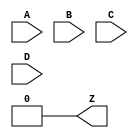
module LUT4 #(
	parameter [15:0] INIT = 0
) (
	input A, B, C, D,
	output Z
);
	// This form of LUT propagates as few x's as possible.
	wire [7:0] s3 = D ?     INIT[15:8] :     INIT[7:0];
	wire [3:0] s2 = C ?       s3[ 7:4] :       s3[3:0];
	wire [1:0] s1 = B ?       s2[ 3:2] :       s2[1:0];
	assign Z =      A ?          s1[1] :         s1[0];
endmodule

module FACADE_FF #(
	parameter GSR = "ENABLED",
	parameter CEMUX = "1",
	parameter CLKMUX = "0",
	parameter LSRMUX = "LSR",
	parameter LSRONMUX = "LSRMUX",
	parameter SRMODE = "LSR_OVER_CE",
	parameter REGSET = "SET",
	parameter REGMODE = "FF"
) (
	input CLK, DI, LSR, CE,
	output reg Q
);

	wire muxce;
	generate
		case (CEMUX)
			"1": assign muxce = 1'b1;
			"0": assign muxce = 1'b0;
			"INV": assign muxce = ~CE;
			default: assign muxce = CE;
		endcase
	endgenerate

	wire muxlsr = (LSRMUX == "INV") ? ~LSR : LSR;
	wire muxlsron = (LSRONMUX == "LSRMUX") ? muxlsr : 1'b0;
	wire muxclk = (CLKMUX == "INV") ? ~CLK : CLK;
	wire srval = (REGSET == "SET") ? 1'b1 : 1'b0;

	initial Q = srval;

	generate
		if (REGMODE == "FF") begin
			if (SRMODE == "ASYNC") begin
				always @(posedge muxclk, posedge muxlsron)
					if (muxlsron)
						Q <= srval;
					else if (muxce)
						Q <= DI;
			end else begin
				always @(posedge muxclk)
					if (muxlsron)
						Q <= srval;
					else if (muxce)
						Q <= DI;
			end
		end else if (REGMODE == "LATCH") begin
			ERROR_UNSUPPORTED_FF_MODE error();
		end else begin
			ERROR_UNKNOWN_FF_MODE error();
		end
	endgenerate
endmodule

/* For consistency with ECP5; represents F0/F1 => OFX0 mux in a slice. */
module PFUMX (input ALUT, BLUT, C0, output Z);
	assign Z = C0 ? ALUT : BLUT;
endmodule

/* For consistency with ECP5; represents FXA/FXB => OFX1 mux in a slice. */
module L6MUX21 (input D0, D1, SD, output Z);
	assign Z = SD ? D1 : D0;
endmodule

/* For consistency, input order matches TRELLIS_SLICE even though the BELs in
prjtrellis were filled in clockwise order from bottom left. */
module FACADE_SLICE #(
	parameter MODE = "LOGIC",
	parameter GSR = "ENABLED",
	parameter SRMODE = "LSR_OVER_CE",
	parameter CEMUX = "1",
	parameter CLKMUX = "0",
	parameter LSRMUX = "LSR",
	parameter LSRONMUX = "LSRMUX",
	parameter LUT0_INITVAL = 16'hFFFF,
	parameter LUT1_INITVAL = 16'hFFFF,
	parameter REGMODE = "FF",
	parameter REG0_SD = "1",
	parameter REG1_SD = "1",
	parameter REG0_REGSET = "SET",
	parameter REG1_REGSET = "SET",
	parameter CCU2_INJECT1_0 = "YES",
	parameter CCU2_INJECT1_1 = "YES",
	parameter WREMUX = "INV"
) (
	input A0, B0, C0, D0,
	input A1, B1, C1, D1,
	input M0, M1,
	input FCI, FXA, FXB,

	input CLK, LSR, CE,
	input DI0, DI1,

	input WD0, WD1,
	input WAD0, WAD1, WAD2, WAD3,
	input WRE, WCK,

	output F0, Q0,
	output F1, Q1,
	output FCO, OFX0, OFX1,

	output WDO0, WDO1, WDO2, WDO3,
	output WADO0, WADO1, WADO2, WADO3
);

	generate
		if (MODE == "LOGIC") begin
			L6MUX21 FXMUX (.D0(FXA), .D1(FXB), .SD(M1), .Z(OFX1));

			wire k0;
			wire k1;
			PFUMX K0K1MUX (.ALUT(k1), .BLUT(k0), .C0(M0), .Z(OFX0));

			LUT4 #(.INIT(LUT0_INITVAL)) LUT_0 (.A(A0), .B(B0), .C(C0), .D(D0), .Z(k0));
			LUT4 #(.INIT(LUT1_INITVAL)) LUT_1 (.A(A0), .B(B0), .C(C0), .D(D0), .Z(k1));

			assign F0 = k0;
			assign F1 = k1;
		end else if (MODE == "CCU2") begin
			ERROR_UNSUPPORTED_SLICE_MODE error();
		end else if (MODE == "DPRAM") begin
			ERROR_UNSUPPORTED_SLICE_MODE error();
		end else begin
			ERROR_UNKNOWN_SLICE_MODE error();
		end
	endgenerate

	/* Reg can be fed either by M, or DI inputs; DI inputs muxes OFX and F
	outputs (in other words, feeds back into FACADE_SLICE). */
	wire di0 = (REG0_SD == "1") ? DI0 : M0;
	wire di1 = (REG1_SD == "1") ? DI1 : M1;

	FACADE_FF#(.GSR(GSR), .CEMUX(CEMUX), .CLKMUX(CLKMUX), .LSRMUX(LSRMUX),
		.LSRONMUX(LSRONMUX), .SRMODE(SRMODE), .REGSET(REG0_REGSET),
		.REGMODE(REGMODE)) REG_0 (.CLK(CLK), .DI(di0), .LSR(LSR), .CE(CE), .Q(Q0));
	FACADE_FF#(.GSR(GSR), .CEMUX(CEMUX), .CLKMUX(CLKMUX), .LSRMUX(LSRMUX),
		.LSRONMUX(LSRONMUX), .SRMODE(SRMODE), .REGSET(REG1_REGSET),
		.REGMODE(REGMODE)) REG_1 (.CLK(CLK), .DI(di1), .LSR(LSR), .CE(CE), .Q(Q1));
endmodule

module FACADE_IO #(
	parameter DIR = "INPUT"
) (
	inout PAD,
	input I, T,
	output O
);
	generate
		if (DIR == "INPUT") begin
			assign O = PAD;
		end else if (DIR == "OUTPUT") begin
			assign PAD = T ? 1'bz : I;
		end else if (DIR == "BIDIR") begin
			assign PAD = T ? 1'bz : I;
			assign O = PAD;
		end else begin
			ERROR_UNKNOWN_IO_MODE error();
		end
	endgenerate
endmodule

(* blackbox *)
module OSCH #(
	parameter NOM_FREQ = "2.08"
) (
	input STDBY,
	output OSC,
	output SEDSTDBY
);
endmodule

(* blackbox *)
module DCCA (
	input CLKI,
	input CE,
	output CLKO
);
endmodule

(* blackbox *)
module DCMA (
	input CLK0,
	input CLK1,
	input SEL,
	output DCMOUT
);
endmodule

// IO- "$__" cells for the iopadmap pass. These are temporary cells not meant
// to be instantiated by the end user. They are required in this file for
// attrmvcp to work.
(* blackbox *)
module  \$__FACADE_OUTPAD (input I, output O); endmodule
(* blackbox *)
module  \$__FACADE_INPAD (input I, output O); endmodule
(* blackbox *)
module  \$__FACADE_TOUTPAD (input I, T, output O); endmodule
(* blackbox *)
module  \$__FACADE_TINOUTPAD (input I, T, output O, inout B); endmodule